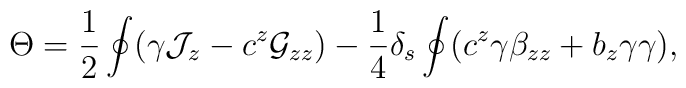
\Theta={1\over 2}\oint(\gamma{\cal J}_{z}-c^z{\cal G}_{zz})-{1\over 4}\delta_s \oint (c^z\gamma\beta_{zz}+b_{z}\gamma\gamma),